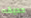
حديقه